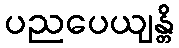
ပညပေယျန္တိ